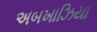
અબખાઝિયા